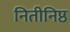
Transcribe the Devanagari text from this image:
नितीनिष्ठ